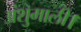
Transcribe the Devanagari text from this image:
अंशुमाली।